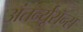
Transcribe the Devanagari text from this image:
अंतर्न्यूरॉन्स